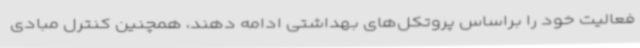
فعالیت خود را براساس پروتکل‌های بهداشتی ادامه دهند، همچنین کنترل مبادی